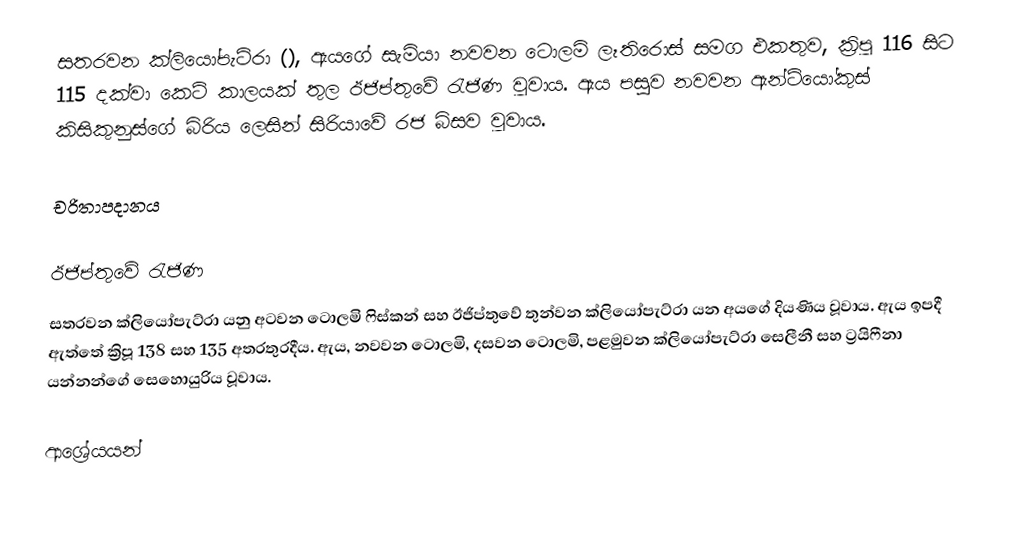
සතරවන ක්ලියෝපැට්රා (), ඇයගේ සැමියා  නවවන ටොලමි ලෑතිරොස් සමග එකතුව, ක්‍රිපූ  116 සිට 115 දක්වා කෙටි කාලයක්  තුල ඊජිප්තුවේ රැජිණ වූවාය. ඇය පසුව  නවවන ඇන්ටියෝකුස්  කිසිකුනුස්ගේ බිරිය ලෙසින් සිරියාවේ රජ බිසව වූවාය.

චරිතාපදානය

ඊජිප්තුවේ රැජිණ
සතරවන ක්ලියෝපැට්රා යනු අටවන ටොලමි ෆිස්කන් සහ ඊජිප්තුවේ තුන්වන ක්ලියෝපැට්රා යන අයගේ දියණිය වූවාය. ඇය ඉපදී ඇත්තේ ක්‍රිපූ 138 සහ 135 අතරතුරදීය. ඇය,  නවවන ටොලමි,  දසවන ටොලමි, පළමුවන ක්ලියෝපැට්රා සෙලීනී සහ ට්‍රයිෆීනා යන්නන්ගේ සෙහොයුරිය වූවාය.

ආශ්‍රේයයන්